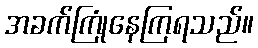
အခက်ကြုံနေကြရသည်။